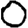
Digit: 0